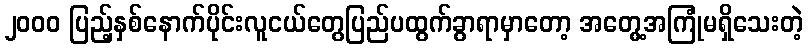
၂၀၀၀ ပြည့်နှစ်နောက်ပိုင်းလူငယ်တွေပြည်ပထွက်ခွာရာမှာတော့ အတွေ့အကြုံမရှိသေးတဲ့